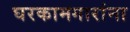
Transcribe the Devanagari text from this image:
घरकामगारांना